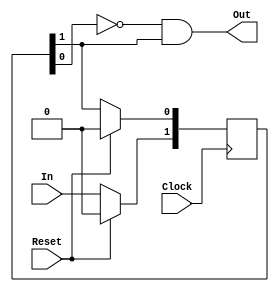
//////////////////////////////////////////////////////////////////////////////////
//Charlie Lin
//EECS150
//
//Rising Edge Detector Module
//////////////////////////////////////////////////////////////////////////////////
module RisingEdgeDetector(Clock, Reset, In, Out);
	input Clock;
   input Reset;
   input In;
	
	output Out;
	
	reg[1:0] A;		//A[0] will be old input, A[1] will take new
	
	assign Out = ~A[0] & A[1];
	always@(posedge Clock) begin
		if(Reset) begin
			A[0] <= 1'b0;
			A[1] <= 1'b0;
		end
		else begin
			A[0] <= A[1];
			A[1] <= In;
		end
	end

endmodule